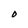
Character: D